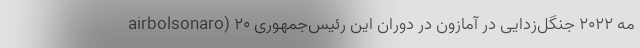
airbolsonaro) ۲۰ مه ۲۰۲۲ جنگل‌زدایی در آمازون در دوران این رئیس‌جمهوری